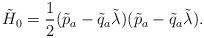
LaTeX: \begin{align*}\tilde{H}_{0}=\frac{1}{2}(\tilde{p}_{a}-\tilde{q}_{a}\tilde{\lambda})(\tilde{p}_{a}-\tilde{q}_{a}\tilde{\lambda}). \end{align*}